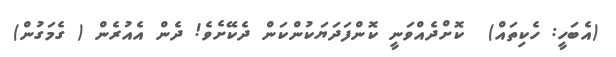
(އެބަހީ: ހެކިތައް)  ކޮށްދެއްވަނީ ކޮންފަދަޔަކުންކަން ދެކޭށެވެ! ދެން އެއުރެން ( ގެމަގުން)